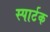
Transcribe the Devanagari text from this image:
स्पार्टक